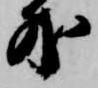
外